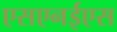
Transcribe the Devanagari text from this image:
एसएनईएस